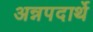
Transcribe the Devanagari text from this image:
अन्नपदार्थे